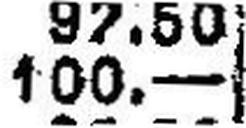
100.—